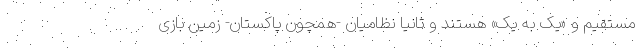
مستقیم و «یک به یک» هستند و ثانیا نظامیان -همچون پاکستان- زمین بازی